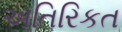
અતિરિકત